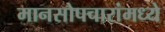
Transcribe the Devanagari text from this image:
मानसोपचारांमध्ये